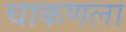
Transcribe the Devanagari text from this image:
चाकणला